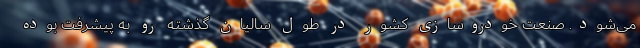
می‌شود. صنعت خودروسازی کشور در طول سالیان گذشته رو به پیشرفت بوده